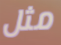
مثل